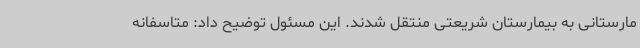
مارستانی به بیمارستان شریعتی منتقل شدند. این مسئول توضیح داد: متاسفانه